Plague in India, 1896, 1897 - Volume 3
Year: 1896
Disease focus: Plague
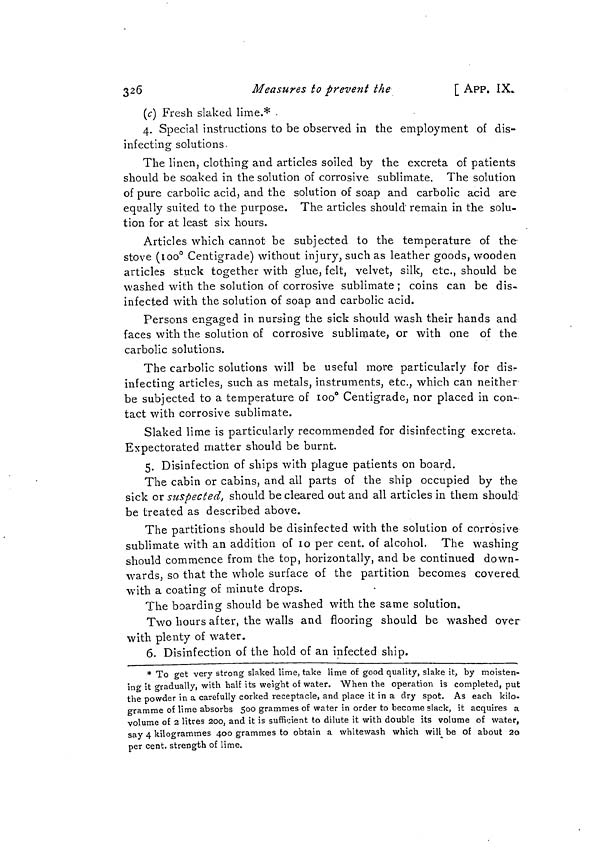
326
Measures to prevent the
[ APP. IX.
(c) Fresh slaked lime.* .
4. Special instructions to be observed in the employment of dis-
infecting solutions.
The linen, clothing and articles soiled by the excreta of patients
should be soaked in the solution of corrosive sublimate. The solution
of pure carbolic acid, and the solution of soap and carbolic acid are
equally suited to the purpose. The articles should remain in the solu-
tion for at least six hours.
Articles which cannot be subjected to the temperature of the
stove (100° Centigrade) without injury, such as leather goods, wooden
articles stuck together with glue, felt, velvet, silk, etc., should be
washed with the solution of corrosive sublimate; coins can be dis-
infected with the solution of soap and carbolic acid.
Persons engaged in nursing the sick should wash their hands and
faces with the solution of corrosive sublimate, or with one of the
carbolic solutions.
The carbolic solutions will be useful move particularly for dis-
infecting articles, such as metals, instruments, etc., which can neither
be subjected to a temperature of 100° Centigrade, nor placed in con-
tact with corrosive sublimate.
Slaked lime is particularly recommended for disinfecting excreta.
Expectorated matter should be burnt.
5. Disinfection of ships with plague patients on board.
The cabin or cabins, and all parts of the ship occupied by the
sick or suspected, should be cleared out and all articles in them should
be treated as described above.
The partitions should be disinfected with the solution of corrosive
sublimate with an addition of 10 per cent, of alcohol. The washing
should commence from the top, horizontally, and be continued down-
wards, so that the whole surface of the partition becomes covered
with a coating of minute drops.
The boarding should be washed with the same solution.
Two hours after, the walls and flooring should be washed over
with plenty of water.
6. Disinfection of the hold of an infected ship.
* To get very strong slaked lime, take lime of good quality, slake it, by moisten-
ing it gradually, with half its weight of water. "When the operation is completed, put
the powder in a carefully corked receptacle, and place it in a dry spot. As each kilo-
gramme of lime absorbs 500 grammes of water in order to become slack, it acquires a
volume of 2 litres 200, and it is sufficient to dilute it with double its volume of water,
say 4 kilogrammes 400 grammes to obtain a whitewash which will be of about 20
per cent, strength of lime.